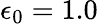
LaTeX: \epsilon_{0}=1.0